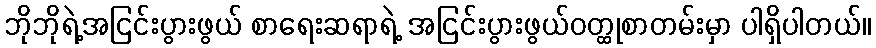
ဘိုဘိုရဲ့အငြင်းပွားဖွယ် စာရေးဆရာရဲ့ အငြင်းပွားဖွယ်ဝတ္ထုစာတမ်းမှာ ပါရှိပါတယ်။